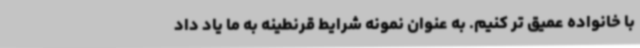
با خانواده عمیق تر کنیم. به عنوان نمونه شرایط قرنطینه به ما یاد داد